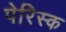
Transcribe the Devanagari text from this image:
पेरिस्क